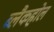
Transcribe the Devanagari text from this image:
ब्लैकहोल